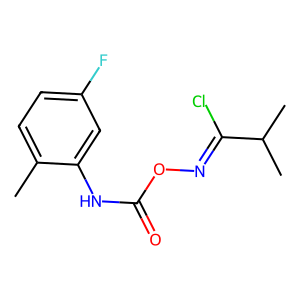
SMILES: Cc1ccc(F)cc1NC(=O)ON=C(Cl)C(C)C
Inhibits HIV replication: No